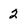
Character: 2